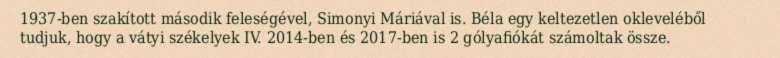
1937-ben szakított második feleségével, Simonyi Máriával is. Béla egy keltezetlen okleveléből tudjuk, hogy a vátyi székelyek IV. 2014-ben és 2017-ben is 2 gólyafiókát számoltak össze.